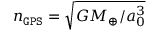
n _ { \tt G P S } = \sqrt { G M _ { \oplus } / a _ { 0 } ^ { 3 } }